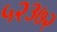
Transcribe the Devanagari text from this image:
५२३७२